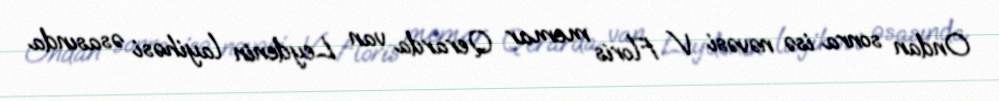
Ondan sonra isə nəvəsi V Floris memar Qerarda van Leydenin layihəsi əsasında